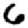
Digit: 6